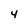
Character: 4